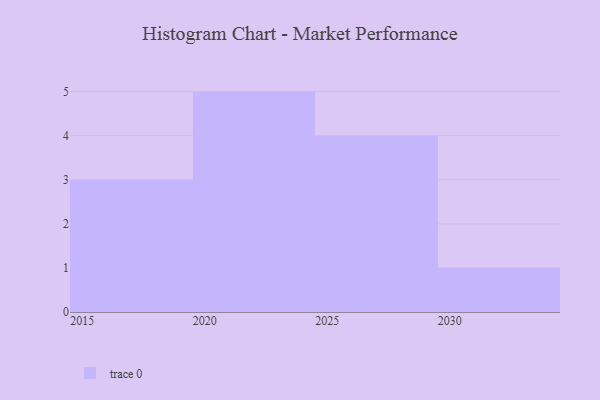
{"axis": {"x": "Year", "y": "Conversion Rate (%)"}, "legend": [""], "data": [{"x": "2024", "y": 92, "type": ""}, {"x": "2019", "y": 5, "type": ""}, {"x": "2030", "y": 9, "type": ""}, {"x": "2027", "y": 37, "type": ""}, {"x": "2029", "y": 48, "type": ""}, {"x": "2023", "y": 87, "type": ""}, {"x": "2015", "y": 23, "type": ""}, {"x": "2025", "y": 99, "type": ""}, {"x": "2018", "y": 80, "type": ""}, {"x": "2021", "y": 89, "type": ""}, {"x": "2020", "y": 41, "type": ""}, {"x": "2022", "y": 5, "type": ""}, {"x": "2028", "y": 35, "type": ""}]}